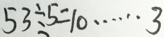
5 3 \div 5 = 1 0 \cdots 3